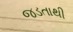
જડતાથી